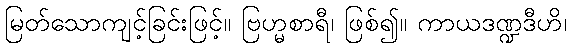
မြတ်သောကျင့်ခြင်းဖြင့်။ ဗြဟ္မစာရီ၊ ဖြစ်၍။ ကာယဒဏ္ဍဒီဟိ၊